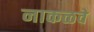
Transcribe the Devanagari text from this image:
नाकळवे